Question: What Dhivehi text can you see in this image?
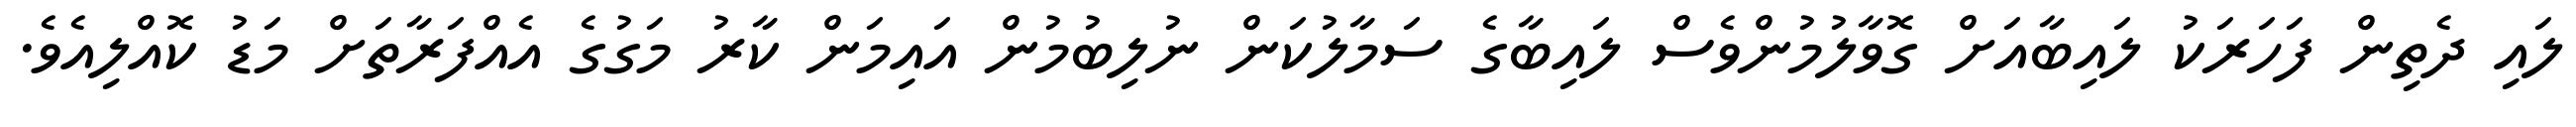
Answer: ލައި ދެތިން ފަހަރަކު ލައިބާއަށް ގޮވާލުމުންވެސް ލައިބާގެ ސަމާލުކަން ނުލިބުމުން އައިމަން ކާރު މަގުގެ އެއްފަރާތަށް މަޑު ކޮއްލިއެވެ.